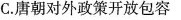
C. 唐朝对外政策开放包容